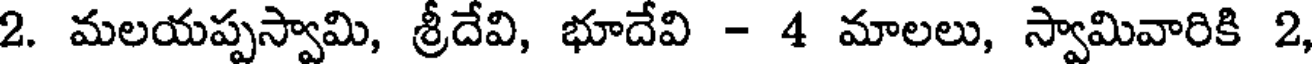
2. మలయప్పస్వామి, శ్రీదేవి, భూదేవి - 4 మాలలు, స్వామివారికి 2,